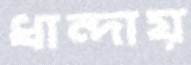
ধান্দায়